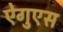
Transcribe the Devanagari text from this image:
ऐगुएस